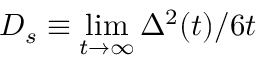
D _ { s } \equiv \operatorname* { l i m } _ { t \to \infty } \Delta ^ { 2 } ( t ) / 6 t